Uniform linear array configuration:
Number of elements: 8
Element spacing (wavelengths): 1
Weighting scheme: blackman
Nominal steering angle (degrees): -30
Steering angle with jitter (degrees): -29.622
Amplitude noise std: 0.05
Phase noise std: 0.05

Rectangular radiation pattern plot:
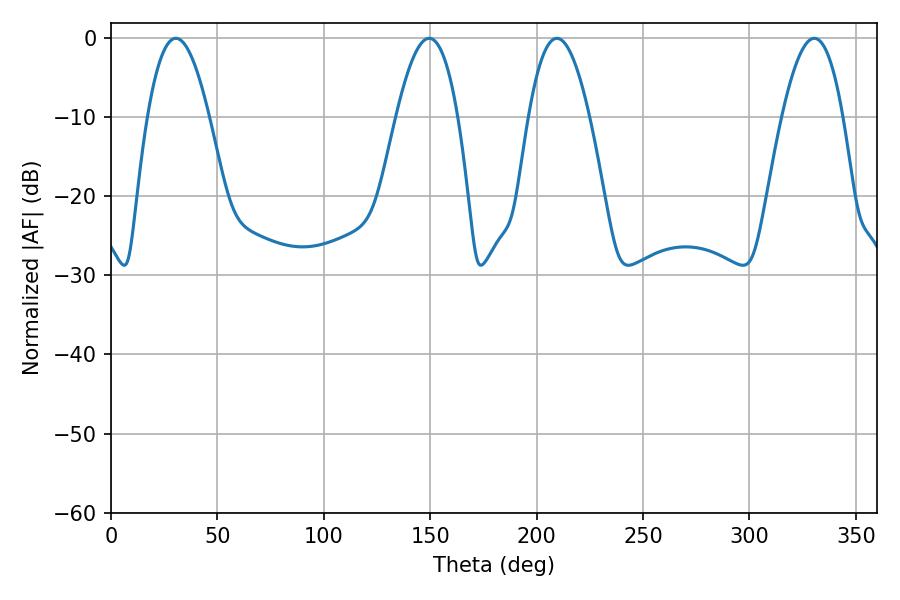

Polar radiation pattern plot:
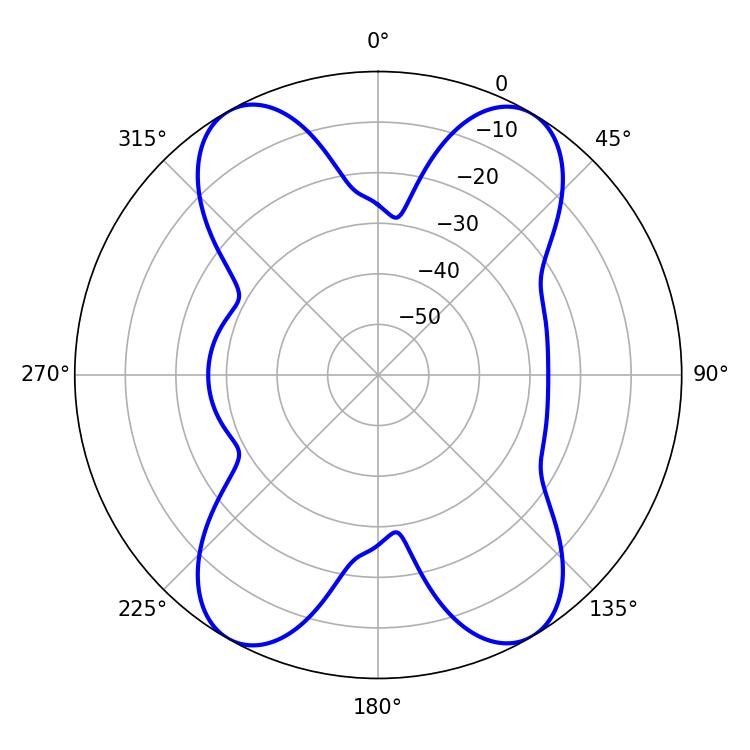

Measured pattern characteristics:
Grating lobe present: TRUE
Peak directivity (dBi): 21.271
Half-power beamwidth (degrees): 15.66
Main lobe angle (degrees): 209.52